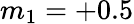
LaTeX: m_{1}=+0.5